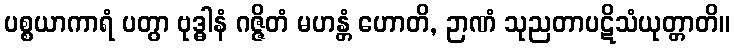
ပစ္စယာကာရံ ပတွာ ဗုဒ္ဓါနံ ဂဇ္ဇိတံ မဟန္တံ ဟောတိ, ဉာဏံ သုညတာပဋိသံယုတ္တာတိ။